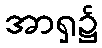
အာရှ၌